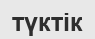
түктік